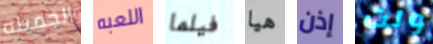
الجميله اللعبه فيلما هيا إذن ولت